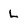
Character: L